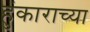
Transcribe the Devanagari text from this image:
हुंकाराच्या